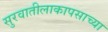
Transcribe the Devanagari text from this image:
सुरवातीलाकापसाच्या